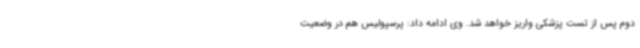
دوم پس از تست پزشکی واریز خواهد شد. وی ادامه داد: پرسپولیس هم در وضعیت